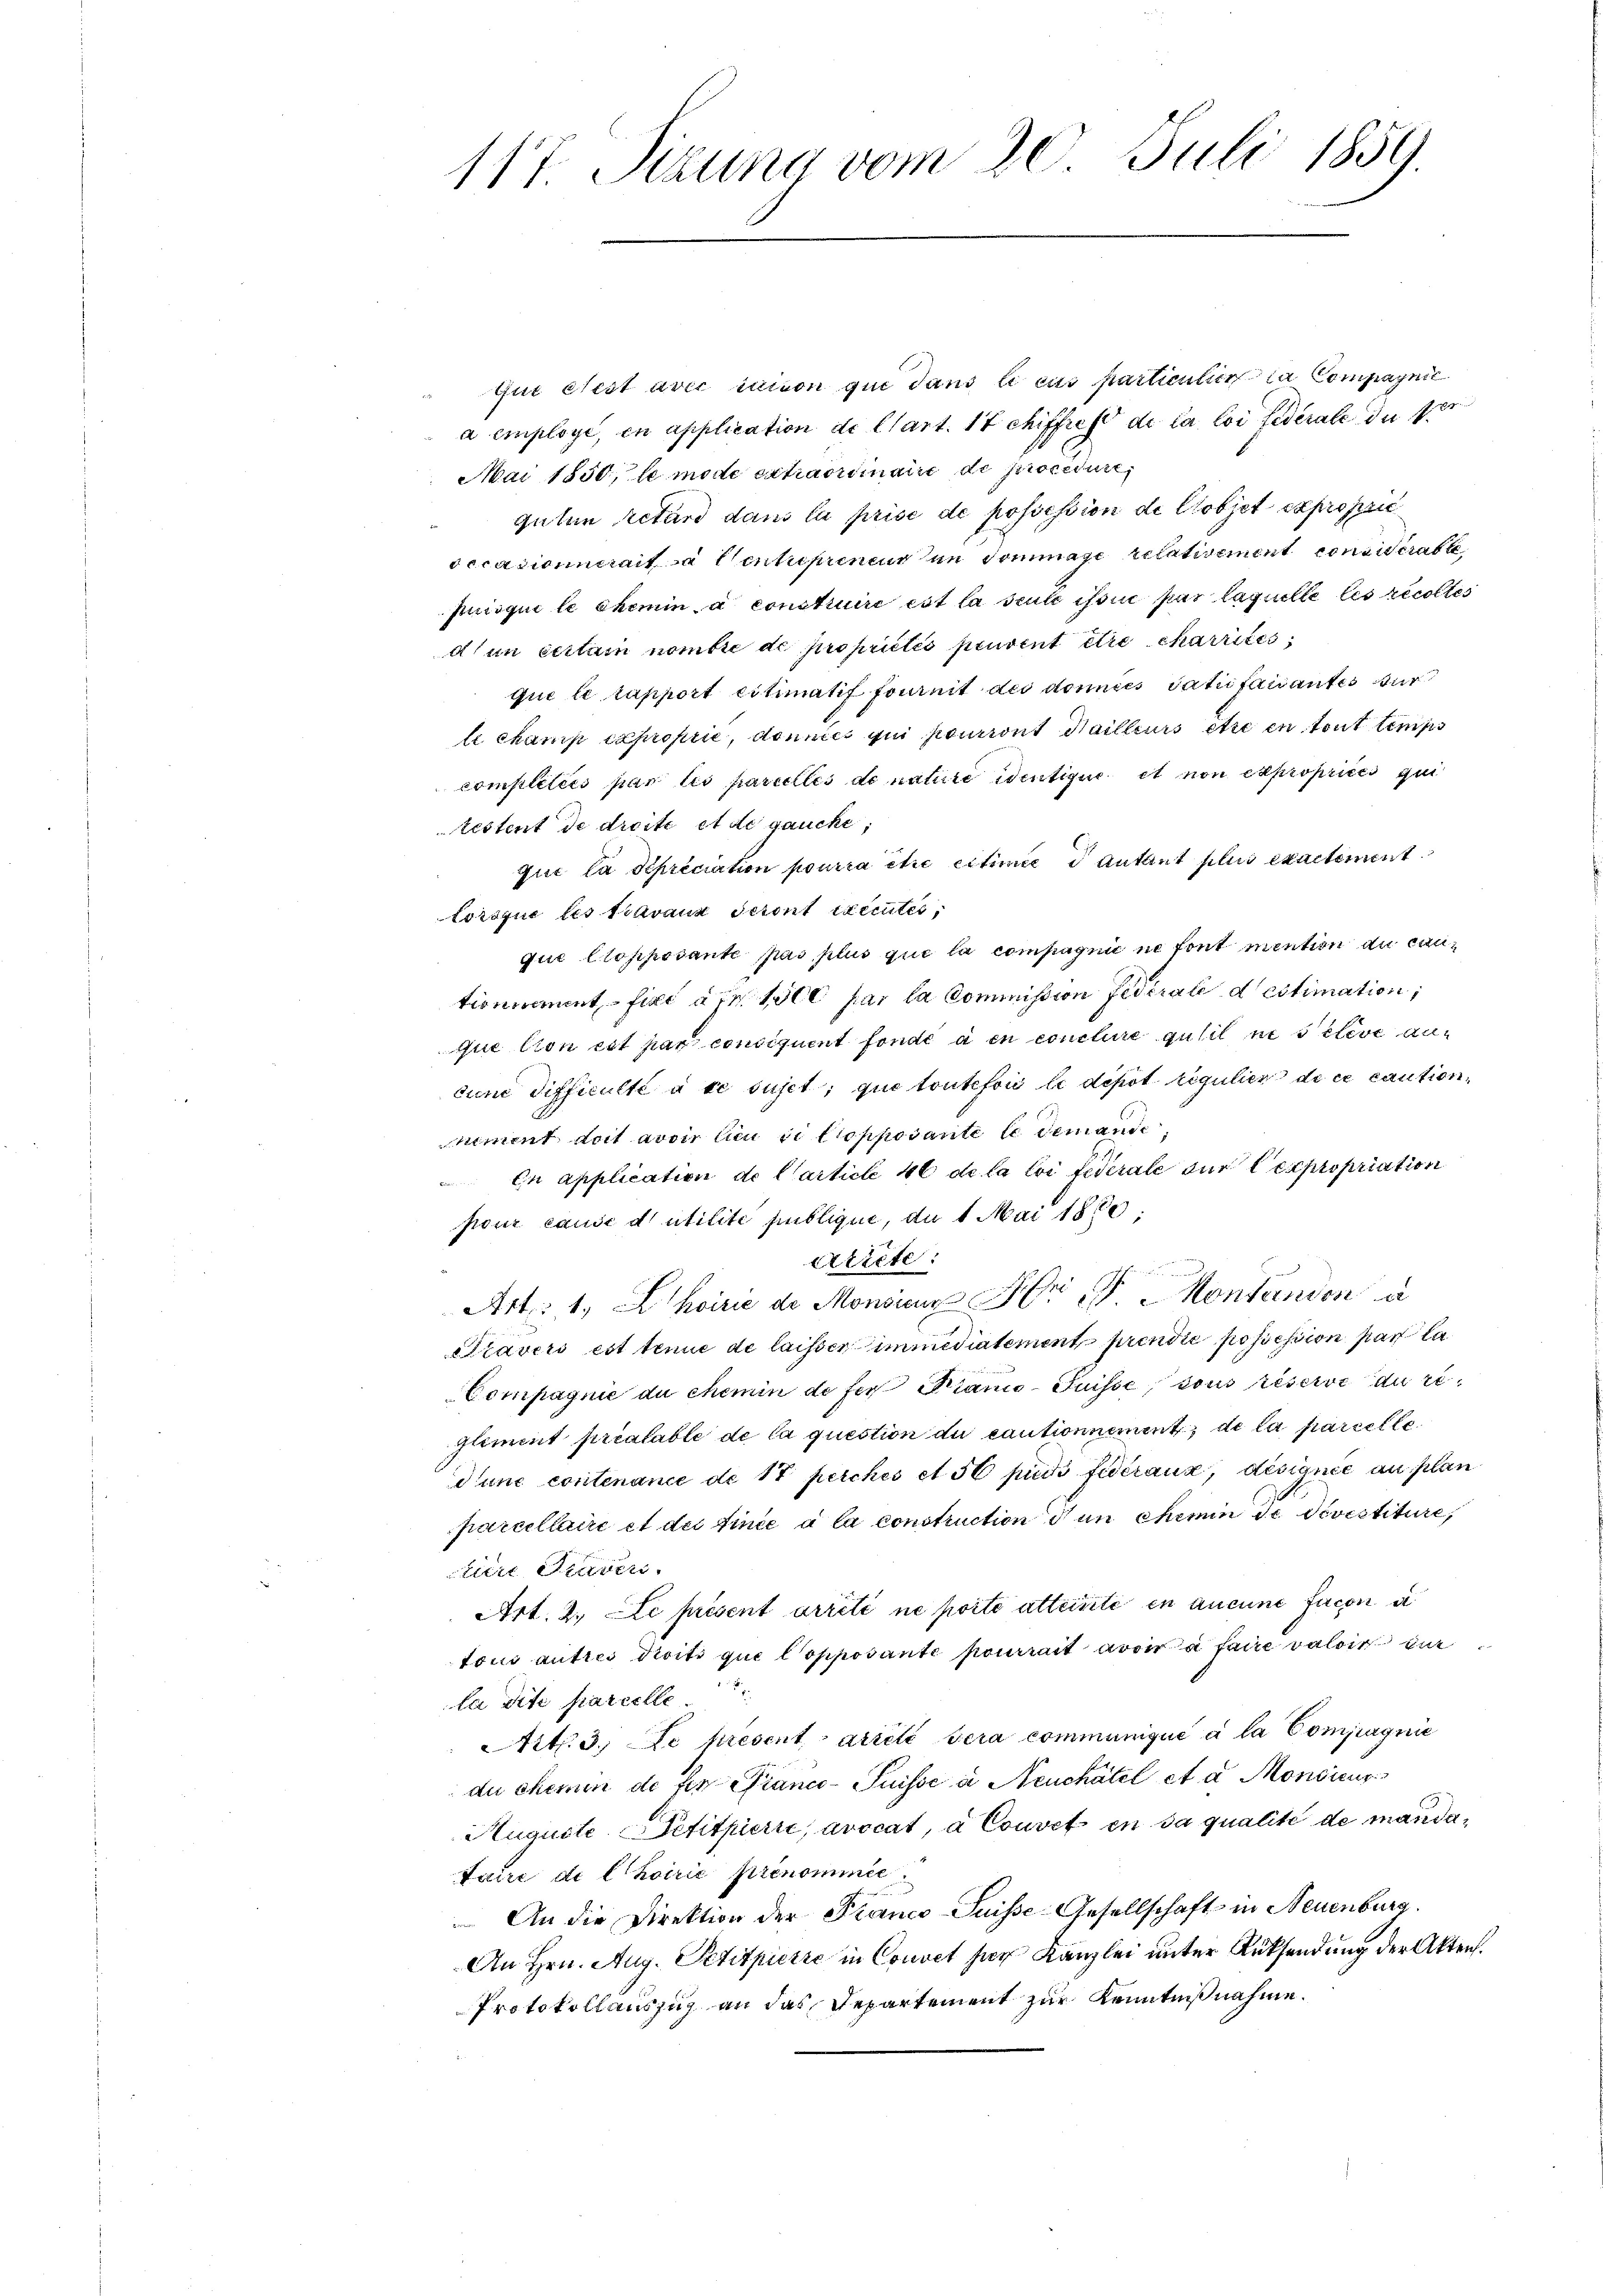
117 Sizung vom 20. Juli 1859.

que cert avec saison qui dans le cas particulier la Compagnie
a employe, in application de l’art. 17 chiffrest de la loi fédérale in der
Mai 1850, le mode ertharinaire de procedur,
 guten retard dans le prise de possession de Ctobjet expropri
occasionnerait ca Centrepreneur den Sommage relativement considérable
puisqui le chemin à construire est la seule ist in par laquelle les recolles
dun certain nombre de propriétés peuvent être charrites,
que le rapport citimatif fournit des donnes Satisfaisantes für
le champ exproprie, donnés qui poneront Hailleurs être en tout temps
complétées par les parielles de nature identique et non exproprices qui
lestent de dreite et de gaucke;
que la dépréciation pourra être citimée d Antant plus exactement
Lorsque les travaux seront executes,
que Ctopposante pas plus que la compagnie ne font mention du cantionnement, fiel à Fr. 1500 par la Commission Federale destimation,
que lion est par consequent fondé à en conclure qu’il ne seleve auc
diene Difficulté à ce sujet, que toutefois le depot regulier de ce cautionnement doit avoir lieu si tropposante le demande
En application de Carticle 46 de la loi fédérale der expropriation
pour cause d’utilité publique, du 1 Mai 1850
Aticte:
Art: 1. A hoirie de Monsian Dr J. Kontanden u.
Sravers est tenue de laisser immediatement prendie possession par la
Compagnie du chemin de fer Kranco- Puisse, sous réserve du re¬
Glimet préalable de la question du cautionnement, de la parcelle
dune contenance de 17 perches et 56 pudi fidéraux, désignie an plan
parcellaire et der finée à la construction d un chemin de devestiture,
tiere Stadtr.
Art. 2. Le présent arrêté ne porte atteisite en aucune facon a
tous autres droits que Copposante pourrait avoir à faire valoir ei
la dite parcelle
Ait. 3. Le presentarieli sera communique à la Compagnie
du chemin de für Pianc-Suisse à Neuchâtel et a Mondicus
Auguste Petitpierre, avocat, à Couvet en sa qualité de mandatuire die Choirie prenominie
 An die Direktion der Franco-Suisse Gesellschaft in Neuenburg.
An Hrn. Aug. Petitpierre in Couvet für Kanzlei unter Rüksendung der Akten.
Protokollauszug an das Departement zur Kenntnißnahme.